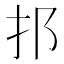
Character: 𨙰